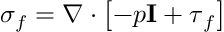
{ \boldsymbol \sigma _ { f } } = \nabla \cdot \left[ - p \mathbf { I } + \boldsymbol { \tau } _ { f } \right]